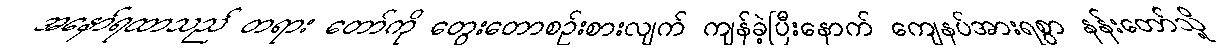
အနော်ရထာသည် တရား တော်ကို တွေးတောစဉ်းစားလျက် ကျန်ခဲ့ပြီးနောက် ကျေနပ်အားရစွာ နန်းတော်သို့